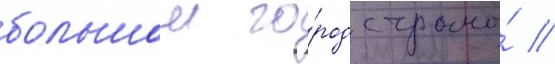
большои го́род страны́ //